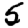
Digit: 5